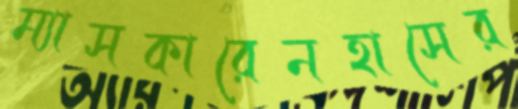
ম্যাসকারেনহাসের